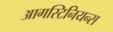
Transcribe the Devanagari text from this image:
आगस्टिनियन्स